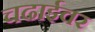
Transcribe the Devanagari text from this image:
चढाईवर